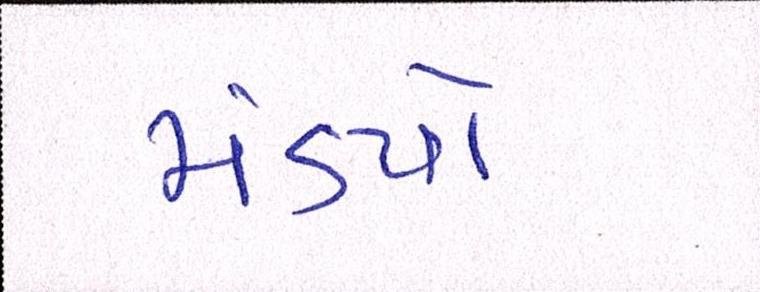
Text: મંડપો